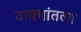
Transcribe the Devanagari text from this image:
वाक्यांतला